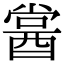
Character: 𨡔